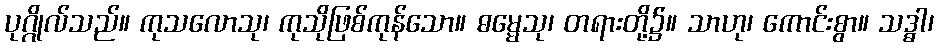
ပုဂ္ဂိုလ်သည်။ ကုသလောသု၊ ကုသိုဖြစ်ကုန်သော။ ဓမ္မေသု၊ တရားတို့၌။ သာဟု၊ ကောင်းစွာ။ သဒ္ဓါ၊